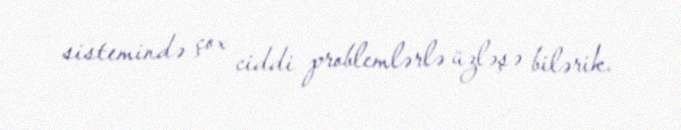
sistemində çox ciddi problemlərlə üzləşə bilərik.